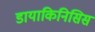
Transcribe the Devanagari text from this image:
डायाकिनिसिस